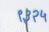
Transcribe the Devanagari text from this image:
९३२५